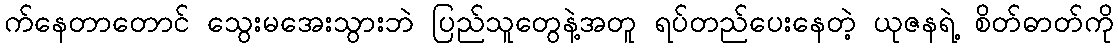
က်နေတာတောင် သွေးမအေးသွားဘဲ ပြည်သူတွေနဲ့အတူ ရပ်တည်ပေးနေတဲ့ ယုဇနရဲ့ စိတ်ဓာတ်ကို